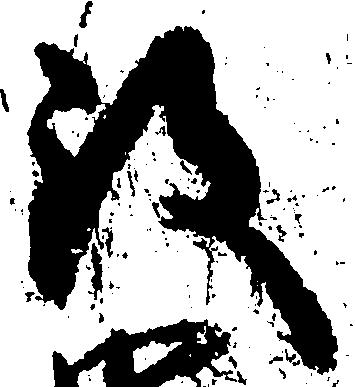
致